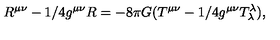
R ^ { \mu \nu } - 1 / 4 g ^ { \mu \nu } R = - 8 \pi G ( T ^ { \mu \nu } - 1 / 4 g ^ { \mu \nu } T _ { \lambda } ^ { \lambda } ) ,